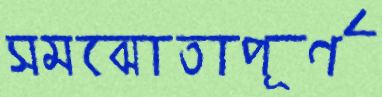
সমঝোতাপূর্ণ